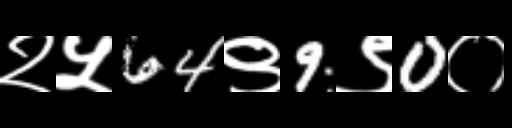
Text: २५64९9९0०